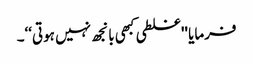
فرمایا ''غلطی کبھی بانجھ نہیں ہوتی‘‘۔